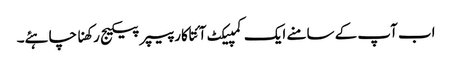
اب آپ کے سامنے ایک کمپیکٹ آئتاکار پیپر پیکیج رکھنا چاہئے۔